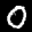
Label: 0